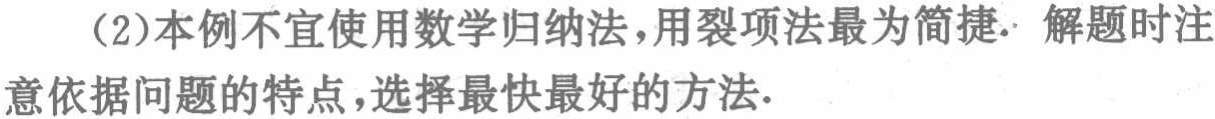
（2）本例不宜使用数学归纳法，用裂项法最为简捷. 解题时注意依据问题的特点，选择最快最好的方法.